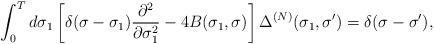
LaTeX: \begin{align*}\int_0^Td\sigma_1\left[\delta(\sigma-\sigma_1)\frac{\partial^2}{\partial\sigma_1^2}-4B(\sigma_1,\sigma)\right]\Delta^{(N)}(\sigma_1,\sigma')=\delta(\sigma-\sigma'),\end{align*}